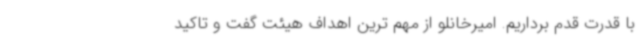
با قدرت قدم برداریم. امیرخانلو از مهم ترین اهداف هیئت گفت و تاکید